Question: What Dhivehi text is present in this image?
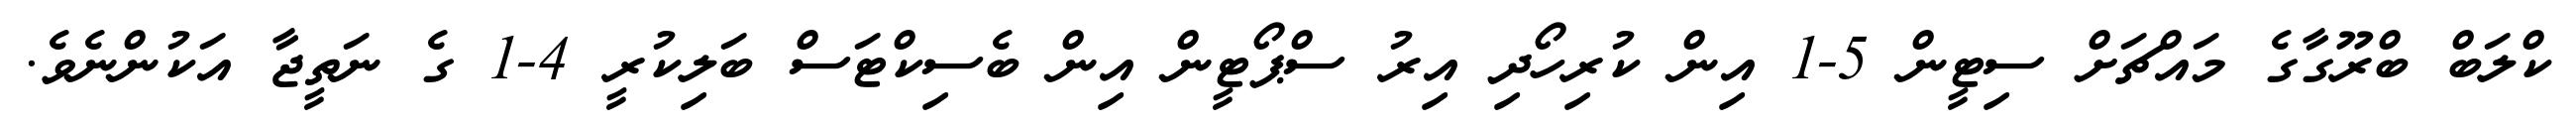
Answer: ކްލަބް ބްރޫގާގެ މައްޗަށް ސިޓީން 5-1 އިން ކުރިހޯދި އިރު ސްޕޯޓީން އިން ބެސިކްޓަސް ބަލިކުރީ 4-1 ގެ ނަތީޖާ އަކުންނެވެ.